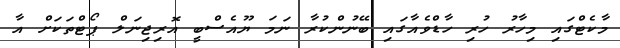
މާކެޓްގައި މިހާރު ހުރި ހާޑްވެއާގައި ބޭނުންކުރާ ނަމަ ޔޫއެސްބީ އޮރިޖިނަލް ޕޯޓްތަކަށް އާ